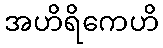
အဟိရိကေဟိ